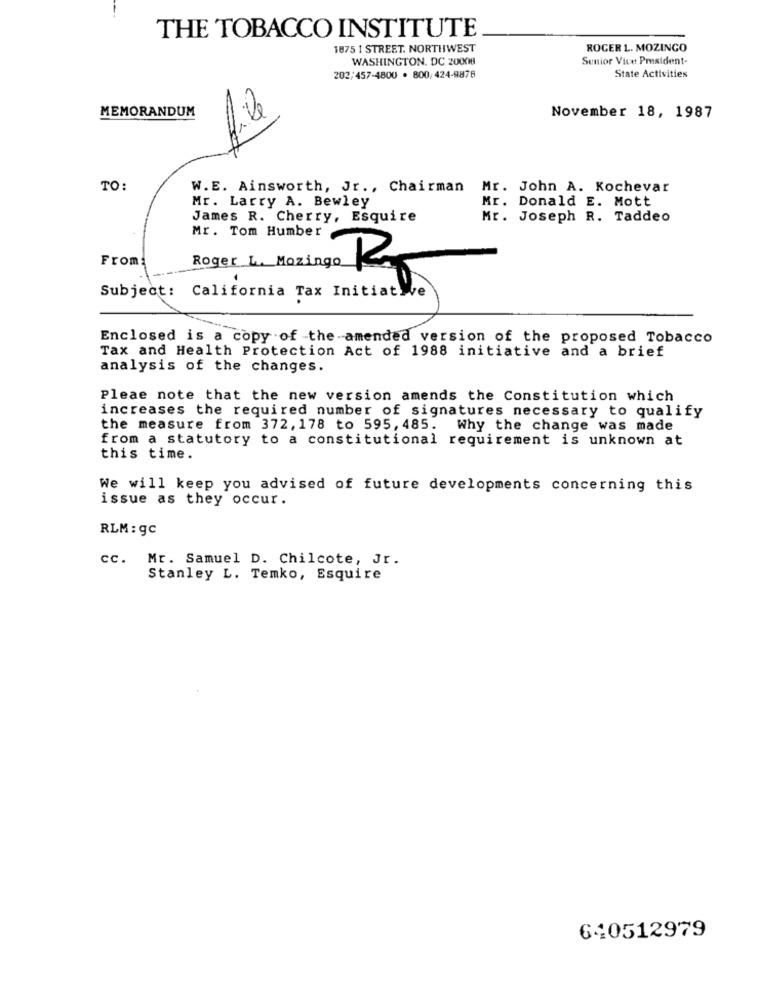
THE TOBACCO INSTITUTE
1875 1 STREET. NORTHWEST
ROGER L. MOZINGO
WASHINGTON, DC 20008
Senior Vice President-
202/457-4800 . 800, 424-9878
State Activities
MEMORANDUM
file
November 18, 1987
TO:
W.E. Ainsworth, Jr ., Chairman Mr. John A. Kochevar
Mr. Larry A. Bewley
Mr. Donald E. Mott
James R. Cherry, Esquire
Mr. Joseph R. Taddeo
Mr. Tom Humber
V
From
Roger L. Mozingo
Subject: California Tax Initiative
Enclosed is a copy of -the-amended version of the proposed Tobacco
Tax and Health Protection Act of 1988 initiative and a brief
analysis of the changes.
Pleae note that the new version amends the Constitution which
increases the required number of signatures necessary to qualify
the measure from 372, 178 to 595, 485. Why the change was made
from a statutory to a constitutional requirement is unknown at
this time.
We will keep you advised of future developments concerning this
issue as they occur.
RLM : gc
cc. Mr. Samuel D. Chilcote, Jr.
Stanley L. Temko, Esquire
640512979